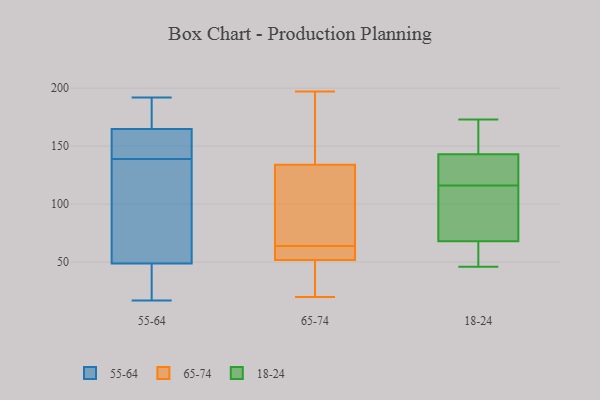
{"axis": {"x": "Satisfaction Score", "y": "Value"}, "legend": ["18-24", "55-64", "65-74"], "data": [{"x": "", "y": 140, "type": "55-64"}, {"x": "", "y": 27, "type": "55-64"}, {"x": "", "y": 120, "type": "55-64"}, {"x": "", "y": 42, "type": "55-64"}, {"x": "", "y": 146, "type": "55-64"}, {"x": "", "y": 186, "type": "55-64"}, {"x": "", "y": 192, "type": "55-64"}, {"x": "", "y": 165, "type": "55-64"}, {"x": "", "y": 184, "type": "55-64"}, {"x": "", "y": 139, "type": "55-64"}, {"x": "", "y": 164, "type": "55-64"}, {"x": "", "y": 69, "type": "55-64"}, {"x": "", "y": 20, "type": "55-64"}, {"x": "", "y": 17, "type": "55-64"}, {"x": "", "y": 108, "type": "55-64"}, {"x": "", "y": 193, "type": "65-74"}, {"x": "", "y": 60, "type": "65-74"}, {"x": "", "y": 64, "type": "65-74"}, {"x": "", "y": 64, "type": "65-74"}, {"x": "", "y": 170, "type": "65-74"}, {"x": "", "y": 136, "type": "65-74"}, {"x": "", "y": 105, "type": "65-74"}, {"x": "", "y": 50, "type": "65-74"}, {"x": "", "y": 20, "type": "65-74"}, {"x": "", "y": 128, "type": "65-74"}, {"x": "", "y": 32, "type": "65-74"}, {"x": "", "y": 33, "type": "65-74"}, {"x": "", "y": 59, "type": "65-74"}, {"x": "", "y": 57, "type": "65-74"}, {"x": "", "y": 197, "type": "65-74"}, {"x": "", "y": 123, "type": "18-24"}, {"x": "", "y": 143, "type": "18-24"}, {"x": "", "y": 52, "type": "18-24"}, {"x": "", "y": 46, "type": "18-24"}, {"x": "", "y": 152, "type": "18-24"}, {"x": "", "y": 173, "type": "18-24"}, {"x": "", "y": 68, "type": "18-24"}, {"x": "", "y": 58, "type": "18-24"}, {"x": "", "y": 109, "type": "18-24"}, {"x": "", "y": 140, "type": "18-24"}, {"x": "", "y": 133, "type": "18-24"}, {"x": "", "y": 104, "type": "18-24"}, {"x": "", "y": 156, "type": "18-24"}, {"x": "", "y": 102, "type": "18-24"}]}